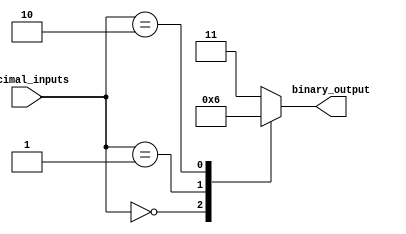
module priority_encoder(input [3:0] decimal_inputs, output reg [1:0] binary_output);

always @(*)
begin
    case(decimal_inputs)
        0: binary_output = 2'b00;
        1: binary_output = 2'b01;
        2: binary_output = 2'b10;
        3: binary_output = 2'b11;
        default: binary_output = 2'b11;
    endcase
end

endmodule